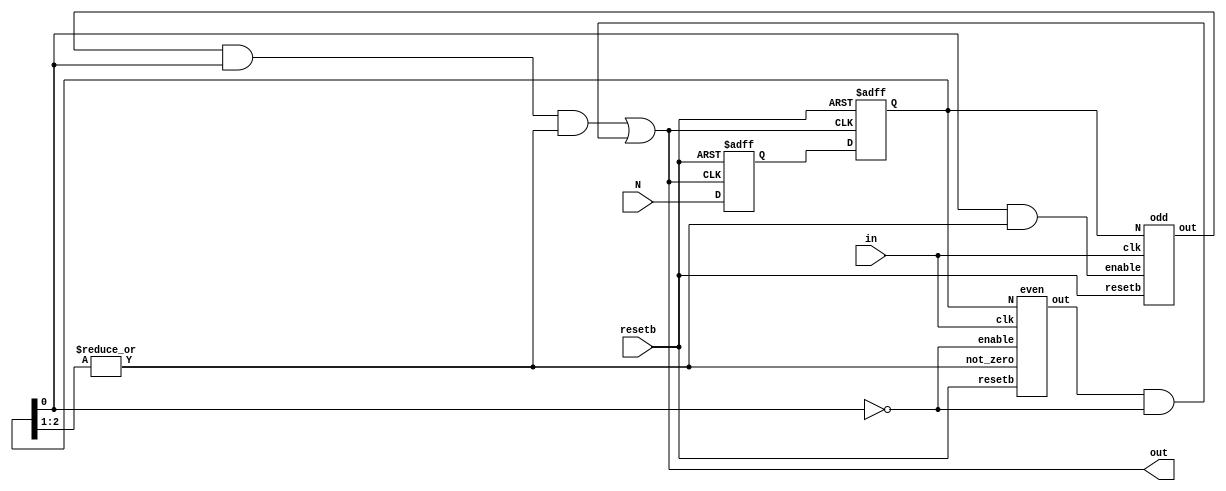
/* Integer-N clock divider */
`default_nettype none
 
module clock_div #(
    parameter SIZE = 3		// Number of bits for the divider value
) (
    in, out, N, resetb
);
    input in;			// input clock
    input [SIZE-1:0] N;		// the number to be divided by
    input resetb;		// asynchronous reset (sense negative)
    output out;			// divided output clock
 
    wire out_odd;		// output of odd divider
    wire out_even;		// output of even divider
    wire not_zero;		// signal to find divide by 0 case
    wire enable_even;		// enable of even divider
    wire enable_odd;		// enable of odd divider

    reg [SIZE-1:0] syncN;	// N synchronized to output clock
    reg [SIZE-1:0] syncNp;	// N synchronized to output clock
 
    assign not_zero = | syncN[SIZE-1:1];
 
    assign out = (out_odd & syncN[0] & not_zero) | (out_even & !syncN[0]);
    assign enable_odd = syncN[0] & not_zero;
    assign enable_even = !syncN[0];

    // Divider value synchronization (double-synchronized to avoid metastability)
    always @(posedge out or negedge resetb) begin
	if (resetb == 1'b0) begin
	    syncN <= 'd2;	// Default to divide-by-2 on system reset
	    syncNp <= 'd2;	// Default to divide-by-2 on system reset
	end else begin
	    syncNp <= N;
	    syncN <= syncNp;
	end
    end
 
    // Even divider
    even even_0(in, out_even, syncN, resetb, not_zero, enable_even);
    // Odd divider
    odd odd_0(in, out_odd, syncN, resetb, enable_odd);
 
endmodule // clock_div
 
/* Odd divider */

module odd #(
    parameter SIZE = 3
) (
    clk, out, N, resetb, enable
);
    input clk;			// slow clock
    output out;			// fast output clock
    input [SIZE-1:0] N;		// division factor
    input resetb;		// synchronous reset
    input enable;		// odd enable
 
    reg [SIZE-1:0] counter;	// these 2 counters are used
    reg [SIZE-1:0] counter2;	// to non-overlapping signals
    reg out_counter;		// positive edge triggered counter
    reg out_counter2;		// negative edge triggered counter
    reg rst_pulse;		// pulse generated when vector N changes
    reg [SIZE-1:0] old_N;	// gets set to old N when N is changed
    wire not_zero;		// if !not_zero, we devide by 1
 
    // xor to generate 50% duty, half-period waves of final output
    assign out = out_counter2 ^ out_counter;

    // positive edge counter/divider
    always @(posedge clk or negedge resetb) begin
	if (resetb == 1'b0) begin
	    counter <= N;
	    out_counter <= 1;
	end else if (rst_pulse) begin
	    counter <= N;
	    out_counter <= 1;
	end else if (enable) begin
	    if (counter == 1) begin
		counter <= N;
		out_counter <= ~out_counter;
	    end else begin
		counter <= counter - 1'b1;
	    end
	end
    end
 
    reg [SIZE-1:0] initial_begin;	// this is used to offset the negative edge counter
    wire [SIZE:0] interm_3;		// from the positive edge counter in order to
    assign interm_3 = {1'b0,N} + 2'b11;	// guarante 50% duty cycle.
 
    // Counter driven by negative edge of clock.

    always @(negedge clk or negedge resetb) begin
	if (resetb == 1'b0) begin
	    // reset the counter at system reset
	    counter2 <= N;
	    initial_begin <= interm_3[SIZE:1];
	    out_counter2 <= 1;
	end else if (rst_pulse) begin
	    // reset the counter at change of N.
	    counter2 <= N;
	    initial_begin <= interm_3[SIZE:1];
	    out_counter2 <= 1;
	end else if ((initial_begin <= 1) && enable) begin

	    // Do normal logic after odd calibration.
	    // This is the same as the even counter.
	    if (counter2 == 1) begin
		counter2 <= N;
		out_counter2 <= ~out_counter2;
	    end else begin
		counter2 <= counter2 - 1'b1;
	    end
	end else if (enable) begin
	    initial_begin <= initial_begin - 1'b1;
	end
    end
 
    //
    // reset pulse generator:
    //               __    __    __    __    _
    // clk:       __/  \__/  \__/  \__/  \__/
    //            _ __________________________
    // N:         _X__________________________
    //               _____
    // rst_pulse: __/     \___________________
    //
    // This block generates an internal reset for the odd divider in the
    // form of a single pulse signal when the odd divider is enabled.

    always @(posedge clk or negedge resetb) begin
	if (resetb == 1'b0) begin
	    rst_pulse <= 0;
	end else if (enable) begin
	    if (N != old_N) begin
		// pulse when reset changes
		rst_pulse <= 1;
	    end else begin
		rst_pulse <= 0;
	    end
	end
    end
 
    always @(posedge clk) begin
	// always save the old N value to guarante reset from
	// an even-to-odd transition.
	old_N <= N;
    end	
 
endmodule // odd

/* Even divider */

module even #(
    parameter SIZE = 3
) (
    clk, out, N, resetb, not_zero, enable
);
    input clk;		// fast input clock
    output out;		// slower divided clock
    input [SIZE-1:0] N;	// divide by factor 'N'
    input resetb;	// asynchronous reset
    input not_zero;	// if !not_zero divide by 1
    input enable;	// enable the even divider
 
    reg [SIZE-1:0] counter;
    reg out_counter;
    wire [SIZE-1:0] div_2;
 
    // if N=0 just output the clock, otherwise, divide it.
    assign out = (clk & !not_zero) | (out_counter & not_zero);
    assign div_2 = {1'b0, N[SIZE-1:1]};
 
    // simple flip-flop even divider
    always @(posedge clk or negedge resetb) begin
	if (resetb == 1'b0) begin
	    counter <= 1;
	    out_counter <= 1;

	end else if (enable) begin
	    // only use switching power if enabled
	    if (counter == 1) begin
		// divide after counter has reached bottom
		// of interval 'N' which will be value '1'
		counter <= div_2;
		out_counter <= ~out_counter;
	    end else begin
		// decrement the counter and wait
		counter <= counter-1;	// to start next transition.
	    end
	end
    end
 
endmodule //even
`default_nettype wire